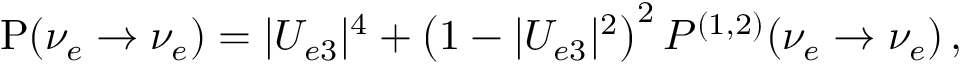
\mathrm { P } ( \nu _ { e } \to \nu _ { e } ) = | U _ { e 3 } | ^ { 4 } + \left( 1 - | U _ { e 3 } | ^ { 2 } \right) ^ { 2 } P ^ { ( 1 , 2 ) } ( \nu _ { e } \to \nu _ { e } ) \, ,